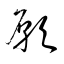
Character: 願